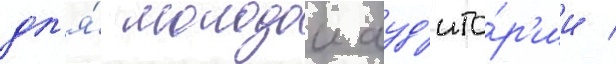
дл'я́ молодои ауд'ито́р'ии /